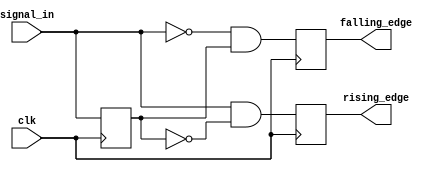
module dual_edge_detector (
    input wire clk,            // Clock input
    input wire signal_in,      // Input signal
    output reg rising_edge,    // Output signal for rising edge detection
    output reg falling_edge    // Output signal for falling edge detection
);

    reg signal_in_prev;        // Register to hold the previous state of signal_in

    always @(posedge clk) begin
        // Capture the current state of signal_in
        rising_edge <= (signal_in && !signal_in_prev);   // Rising edge detected
        falling_edge <= (!signal_in && signal_in_prev);  // Falling edge detected
        
        // Update the previous state of signal_in for the next clock cycle
        signal_in_prev <= signal_in;
    end

endmodule